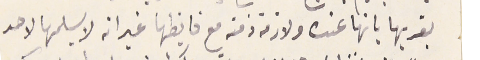
يقر بها بانها عنده ولازمة ذمته مع فايظها غير انه لا يسلمها لاحد